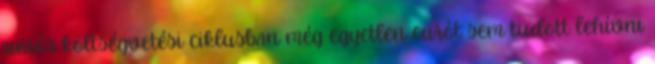
uniós költségvetési ciklusban még egyetlen eurót sem tudott lehívni